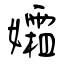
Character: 孀